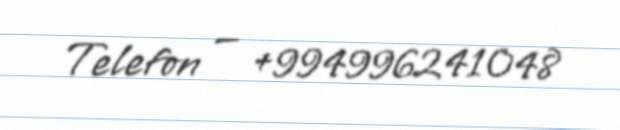
Telefon — +994996241048